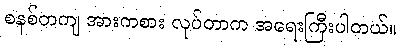
စနစ်တကျ အားကစား လုပ်တာက အရေးကြီးပါတယ်။